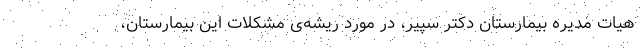
هیات مدیره بیمارستان دکتر سپیر، در مورد ریشه‌‌ی مشکلات این بیمارستان،